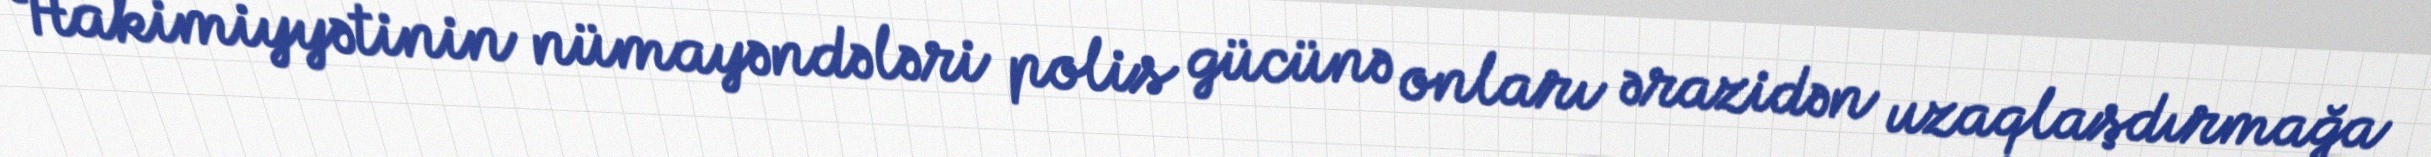
Hakimiyyətinin nümayəndələri polis gücünə onları ərazidən uzaqlaşdırmağa